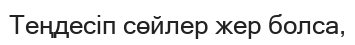
Теңдесіп сөйлер жер болса,